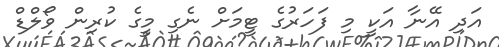
އަދި އޭނާ އަކީ މި ފަހަރުގެ ޓީމަށް ނެގި މީގެ ކުރިން ވޯލްޑް